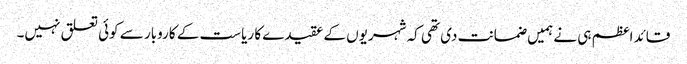
قائد اعظم ہی نے ہمیں ضمانت دی تھی کہ شہریوں کے عقیدے کا ریاست کے کاروبار سے کوئی تعلق نہیں۔